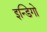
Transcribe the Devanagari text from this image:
इन्डिगो